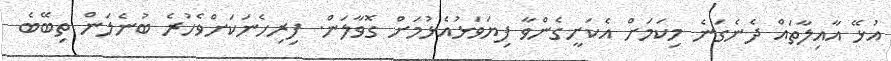
އުޅޭ އާއިލާތައް ދެނެގަނެ މިކަމަށް އެކަށީގެންވާ ފިޔަވަޅުއެޅުމަށް ގޮވާލަން. ފިރިހެނަކަށްވެހުރެ ބުނެލަން ތިބޭބެ